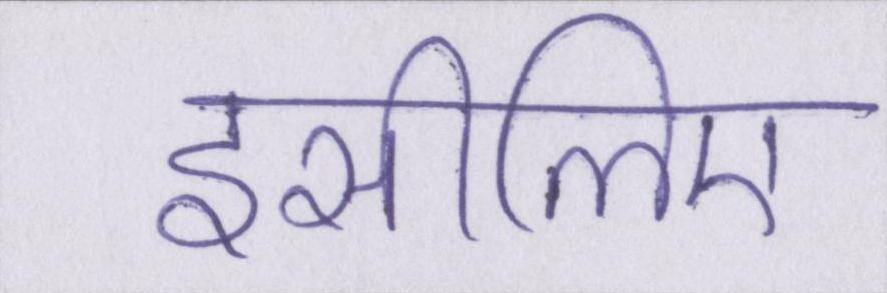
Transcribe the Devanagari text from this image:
इसीलिए